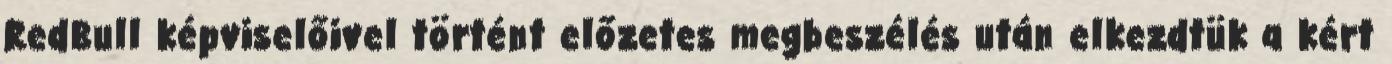
RedBull képviselőivel történt előzetes megbeszélés után elkezdtük a kért